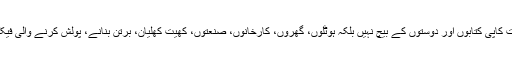
جن کی عمر 14 سال سے کم تھی، ان وقت کاپی کتابوں اور دوستوں کے بیچ نہیں بلکہ ہوٹلوں، گھروں، کارخانوں، صنعتوں، کھیت کھلیان، برتن بنانے، پولش کرنے والی فیکٹریوں اور اوزاروں کے بیچ گزر رہا تھا ۔